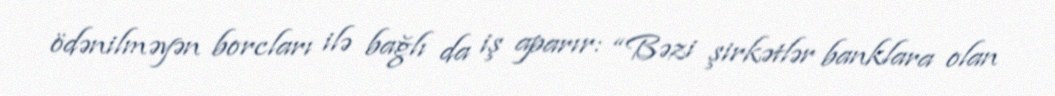
ödənilməyən borcları ilə bağlı da iş aparır: “Bəzi şirkətlər banklara olan